Annual statistical returns and brief notes on vaccination in Bengal - 1896-1909
Year: 1896
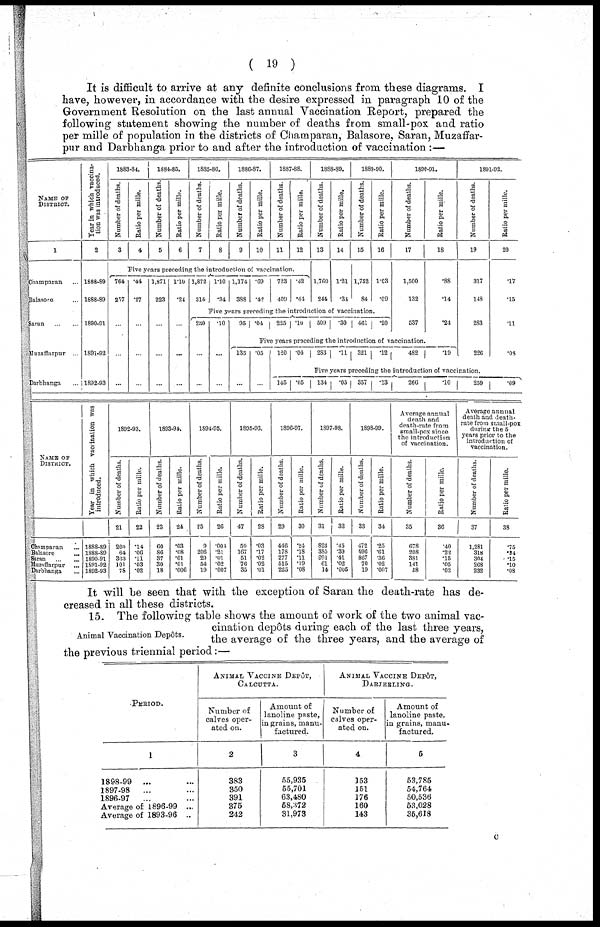
( 19 )
It is difficult to arrive at any definite conclusions from these diagrams. I
have, however, in accordance with the desire expressed in paragraph 10 of the
Government Resolution on the last annual Vaccination Report, prepared the
following statement showing the number of deaths from small-pox and ratio
per mille of population in the districts of Champaran, Balasore, Saran, Muzaffar¬
pur and Darbhanga prior to and after the introduction of vaccination :—
NAME OF
DISTRICT.
1
Champaran ...
Balasore ...
Saran
...
...
Muzaffarpur ...
Darbhanga ...
Year in which vaccina-
tion was introduced.
2
1888-89
1888-89
1890-91
1891-92
1892-93
1883-84.
Number of deaths.
3
Ratio per mille.
4
1884-85.
Number of deaths.
5
Ratio per mille.
6
1885-86.
Number of deaths.
7
Ratio per mille.
8
1886-87.
Number of deaths.
9
Ratio per mille.
10
1887-88.
Number of deaths.
11
Ratio per mille.
12
Five years preceding the introduction of vaccination.
764
257
...
...
...
.44
.27
...
...
...
1,871
223
...
...
...
1.10
.24
...
...
...
1,872
314
1.10
.34
1,174
388
.69
.42
723
409
.42
.44
1888-89.
Number of deaths.
13
1,760
244
Ratio per mille.
14
1.21
.34
1889-90.
Number of deaths.
15
1,752
84
Ratio per mille.
16
1.03
.09
Five years preceding the introduction of vaccination.
230
...
...
.10
...
...
95 .04
225 .10
509
.30
461
.20
1890-91.
Number of deaths.
17
1,500
132
537
Ratio per mille.
18
.88
.14
.24
Five years preceding the introduction of vaccination.
135
...
.05
...
120 .04
283
.11 321
.12
482
.19
1891-92.
Number of deaths.
19
317
148
283
226
Five years preceding the introduction of vaccination.
145 .05
134
.05 357
.13
266
.10
259
Ratio per mille.
20
.17
.15
.11
.08
.09
NAME OF
DISTRICT.
Champaran ...
Balasore
...
Saran
...
...
Muzaffarpur ...
Darbhanga ...
Year in which vaccination was
introduced.
1888-89
1888-89
1890-91
1891-92
1892-93
1892-93.
Number of deaths.
21
260
64
363
101
78
Ratio per mille.
22
.14
.06
.11
.03
.02
1893-94.
Number of deaths.
23
60
86
37
30
18
Ratio per mille.
24
.03
.08
.01
.01
.006
1894-95.
Number of deaths.
25
9
206
29
54
19
Ratio per mille.
26
.004
.21
.01
.02
.007
1895-96.
Number of deaths.
47
59
167
51
76
35
Ratio per mille.
28
.03
.17
.02
.02
.01
1896-97.
Number of deaths.
29
446
178
277
515
225
Ratio per mille.
30
.24
.18
.11
.19
.08
1897-98.
Number of deaths.
31
823
385
991
61
14
Ratio per mille.
32
.45
.39
.41
.02
.005
1898-99.
Number of deaths.
33
472
596
867
70
19
Ratio per mille.
34
.25
.61
.36
.02
.007
Average annual
death and
death-rate from
small-pox since
the introduction
of vaccination.
Number of deaths.
35
678
208
381
141
58
Ratio per mille.
36
.40
.22
.15
.05
.02
Average annual
death and death-
rate from small-pox
during the 5
years prior to the
introduction of
vaccination.
Number of deaths.
37
1,281
318
304
268
232
Ratio per mille.
38
.75
.34
.15
.10
.08
It will be seen that with the exception of Saran the death-rate has de-
creased in all these districts.
Animal Vaccination Depôts.
15. The following table shows the amount of work of the two animal vac-
cination depôts during each of the last three years,
the average of the three years, and the average of
the previous triennial period:—
PERIOD.
1
1898.99
... ...
1897-98
... ...
1896-97
... ...
Average of 1896-99 ...
Average of 1893-96 ...
ANIMAL VACCINE DEPÔT,
CALCUTTA.
Number of
calves oper-
ated on.
2
383
350
391
375
242
Amount of
lanoline paste,
in grains, manu-
factured.
3
55,935
55,701
63,480
58,372
31,973
ANIMAL VACCINE DEPÔT,
DARJEELING.
Number of
calves oper-
ated on.
4
153
151
176
160
143
Amount of
lanoline paste,
in grains, manu-
factured.
5
53,785
54,764
50,536
53,028
35,618
c